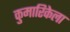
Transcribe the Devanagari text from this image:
कुमारिकेला